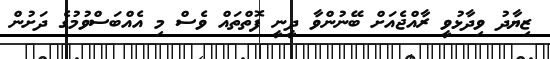
ޒިޔާދު ވިދާޅުވީ ރާއްޖެއަށް ބޭނުންވާ ދީނީ ފޮތްތައް ވެސް މި އެއްބަސްވުމުގެ ދަށުން